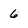
Character: 6